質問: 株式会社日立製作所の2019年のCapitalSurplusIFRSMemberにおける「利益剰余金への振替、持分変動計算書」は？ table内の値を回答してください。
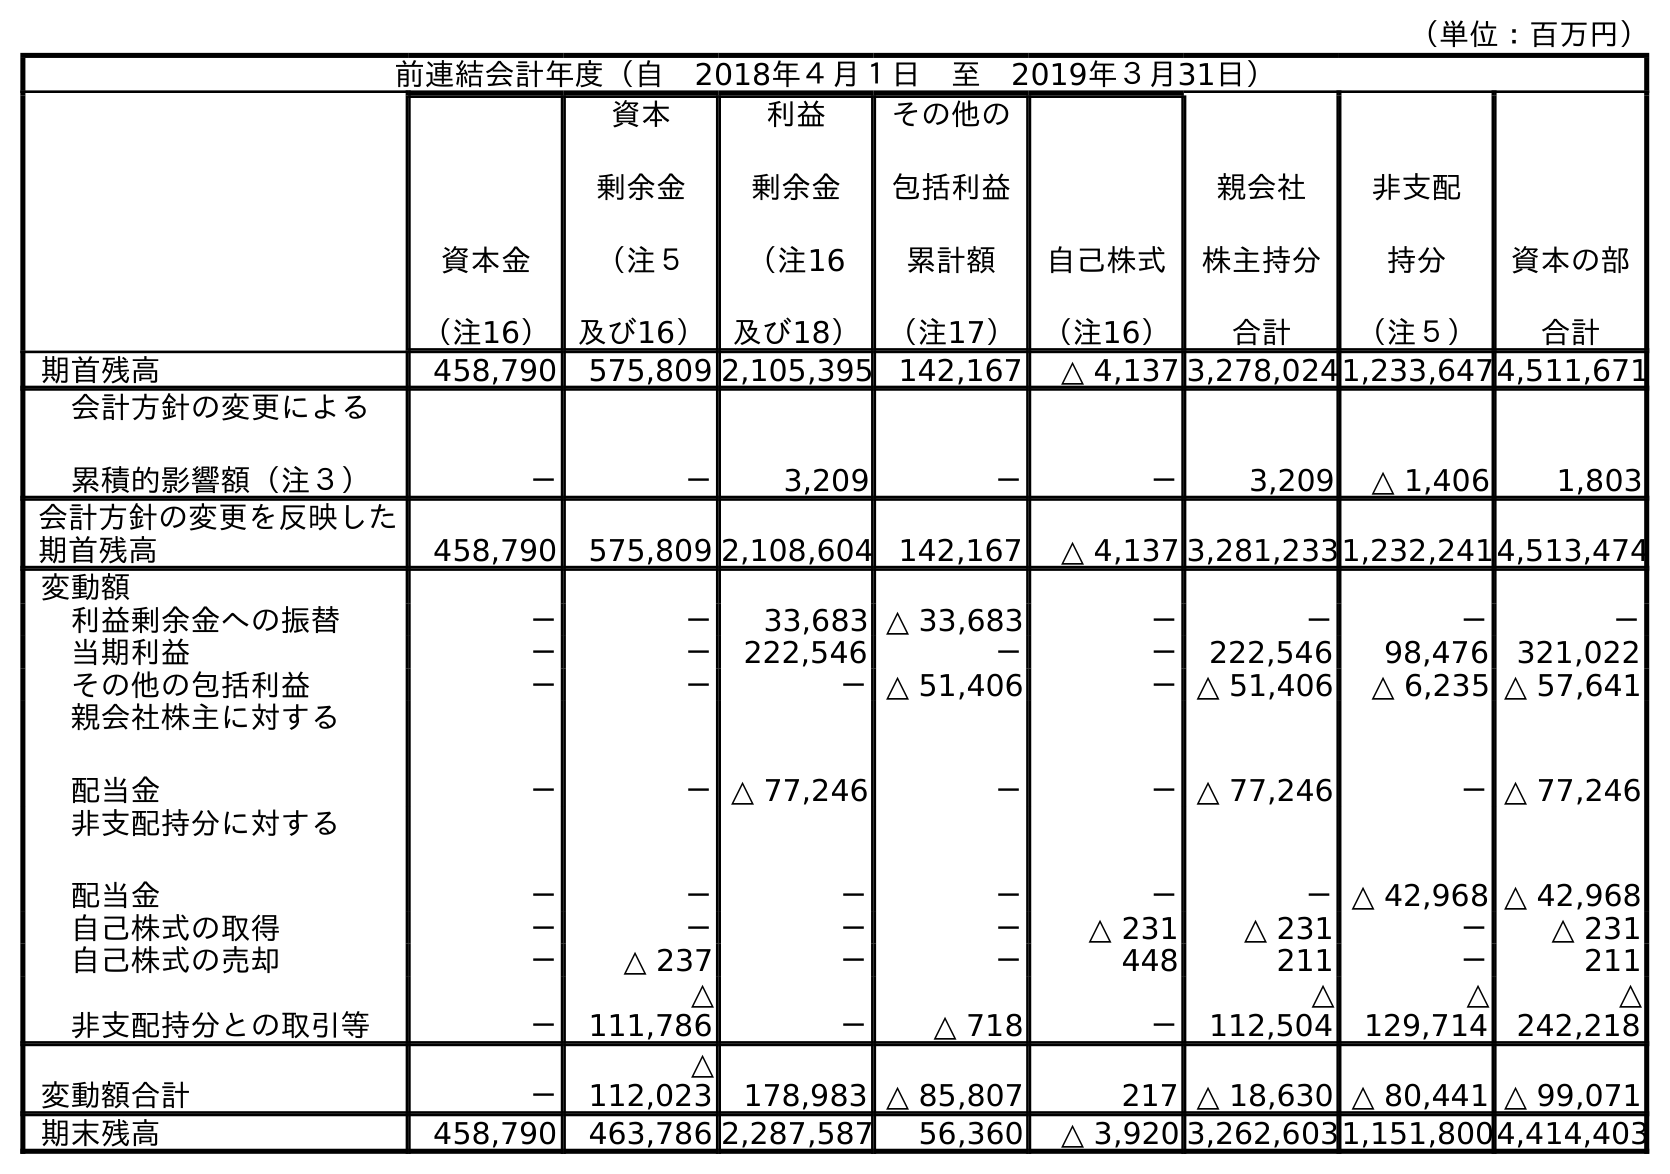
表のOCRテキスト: （単位：百万円） 前連結会計年度（自 2018年４月１日 至 2019年３月31日） 資本金 （注16） 資本 剰余金 （注５ 及び16） 利益 剰余金 （注16 及び18） その他の 包括利益 累計額 （注17） 自己株式 （注16） 親会社 株主持分 合計 非支配 持分 （注５） 資本の部 合計 期首残高 458,790 575,809 2,105,395 142,167 △ 4,137 3,278,0241,233,6474,511,671 会計方針の変更による 累積的影響額（注３） － － 3,209 － － 3,209 △ 1,406 1,803 会計方針の変更を反映した 期首残高 458,790 575,809 2,108,604 142,167 △ 4,137 3,281,2331,232,2414,513,474 変動額 利益剰余金への振替 － － 33,683 △ 33,683 － － － － 当期利益 － － 222,546 － － 222,546 98,476 321,022 その他の包括利益 － － －△ 51,406 －△ 51,406 △ 6,235 △ 57,641 親会社株主に対する 配当金 － －△ 77,246 － －△ 77,246 －△ 77,246 非支配持分に対する 配当金 － － － － － －△ 42,968 △ 42,968 自己株式の取得 － － － － △ 231 △ 231 － △ 231 自己株式の売却 － △ 237 － － 448 211 － 211 非支配持分との取引等 － △ 111,786 － △ 718 － △ 112,504 △ 129,714 △ 242,218 変動額合計 － △ 112,023 178,983 △ 85,807 217 △ 18,630 △ 80,441 △ 99,071 期末残高 458,790 463,786 2,287,587 56,360 △ 3,920 3,262,6031,151,8004,414,403
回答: －